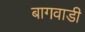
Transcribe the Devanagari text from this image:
बागवाडी